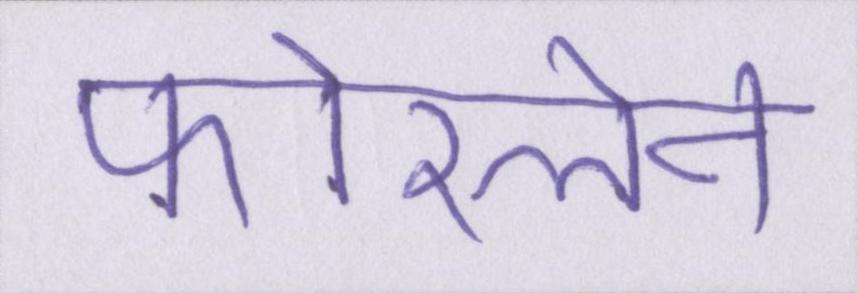
फोरलेन